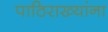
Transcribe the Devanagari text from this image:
पाठिराख्यांना